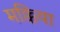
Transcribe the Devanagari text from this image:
मक्किया